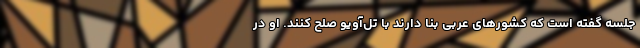
جلسه گفته است که کشورهای عربی بنا دارند با تل‌آویو صلح کنند. او در